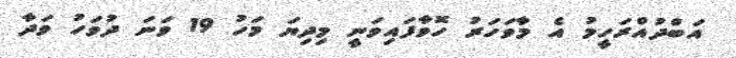
އަބްދުއްރަހީމު އެ މާވަހަރު ހޮވާފައިވަނީ މިދިޔަ މަހު 19 ވަނަ ދުވަހު ވަދާ